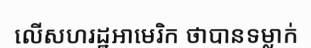
លើសហរដ្ឋអាមេរិក ថាបានទម្លាក់